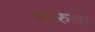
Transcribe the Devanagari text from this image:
सारुवा